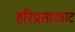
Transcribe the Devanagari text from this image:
हरिप्रसादबाट